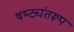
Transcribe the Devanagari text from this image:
षष्ठ्यंतरूप